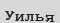
Уилья